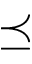
\preceq